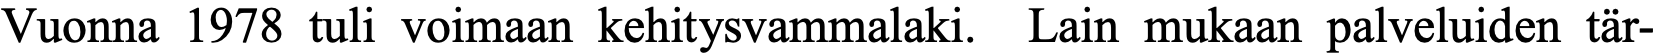
Vuonna 1978 tuli voimaan kehitysvammalaki. Lain mukaan palveluiden tär-